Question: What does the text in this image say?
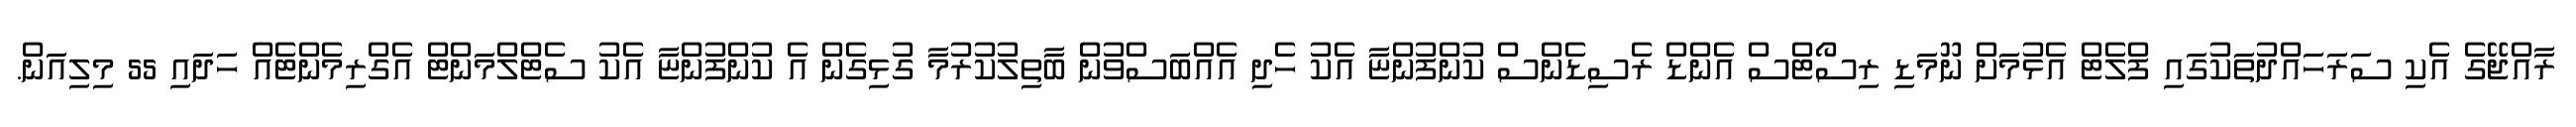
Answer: ރާއްޖޭގެ އެކި ސަރަހައްދުތަކުގައި ފްލެޓް އެޅުމަށް ނޫމަޑި ރިސޯޓްސް އެންޑް ރެސިޑެންސް ކުންފުންޏާ އެކު ހެދި އެއްބަސްވުން ބާތިލުކުރުމާ ގުޅިގެން އެ ކުންފުންޏާ އެކު ސެޓްލްމަންޓް އެގްރިމެންޓެއް ހަދައި 55 މިލިއަން.